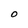
Character: O